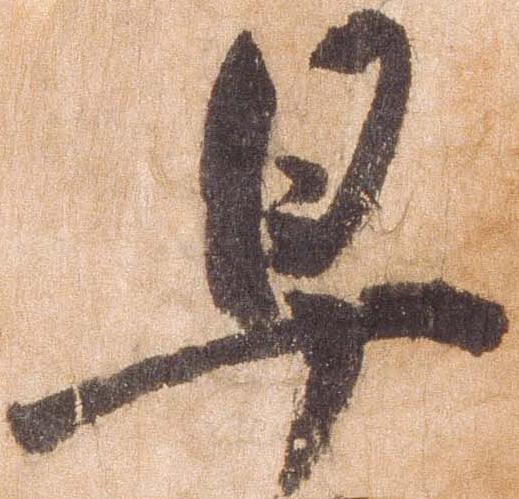
早